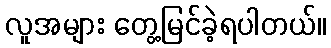
လူအများ တွေ့မြင်ခဲ့ရပါတယ်။